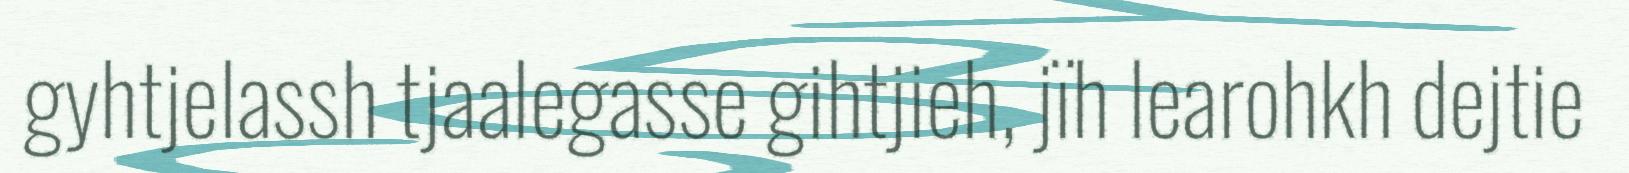
gyhtjelassh tjaalegasse gihtjieh, jïh learohkh dejtie